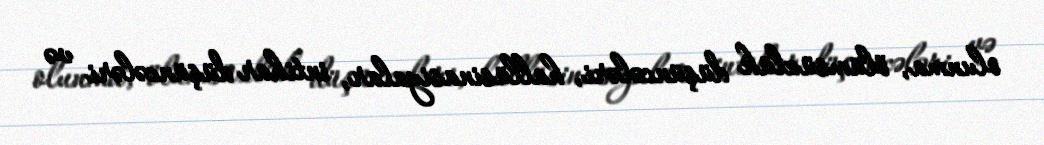
olunma, ölümsüzlük düşüncələri, hallüsinasiyalar, intihar düşüncələri və